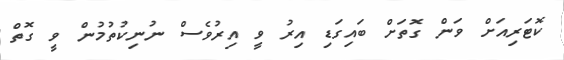
ކޮޓަރިއަށް ވަން ގޮތަށް ބައިގަޑި އިރު ވީ އިރުވެސް ނުނިކުތުމުން ވީ ގޮތް